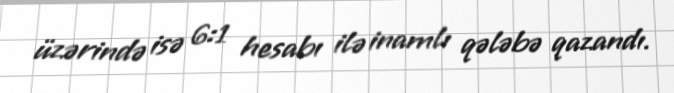
üzərində isə 6:1 hesabı ilə inamlı qələbə qazandı.